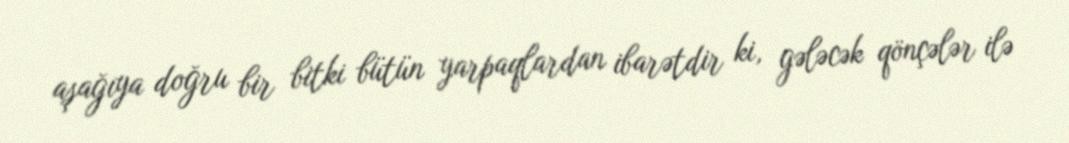
aşağıya doğru bir bitki bütün yarpaqlardan ibarətdir ki, gələcək qönçələr ilə